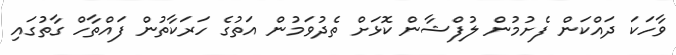
ވާހަކަ ދައްކަން ފެށުމުން ލުފްޝާން ކޮޅަށް ތެދުވަމުން އަތުގެ ހަރަކާތުން ފައްތާހް ގާތުގައި